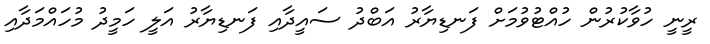
ރީނީ ހުވާކުރުން ހުއްޓުވުމަށް ފަނޑިޔާރު އަބްދު ސައީދާއި ފަނޑިޔާރު އަލީ ހަމީދު މުހައްމަދާއި